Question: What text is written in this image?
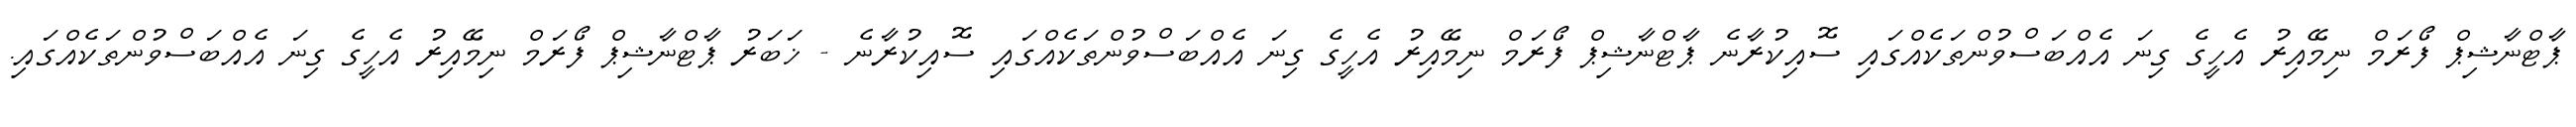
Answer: ޕާޓްނާޝިޕް ފޯރަމް ނިމޭއިރު އެހީގެ ގިނަ އެއްބަސްވުންތަކެއްގައި ސޮއިކުރާނެ ޕާޓްނާޝިޕް ފޯރަމް ނިމޭއިރު އެހީގެ ގިނަ އެއްބަސްވުންތަކެއްގައި ސޮއިކުރާނެ - ޚަބަރު ޕާޓްނާޝިޕް ފޯރަމް ނިމޭއިރު އެހީގެ ގިނަ އެއްބަސްވުންތަކެއްގައި.